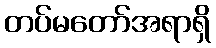
တပ်မတော်အရာရှိ